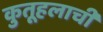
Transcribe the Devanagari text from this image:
कुतूहलाची